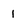
Character: 1